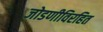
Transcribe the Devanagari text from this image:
जोडणीविरहित